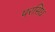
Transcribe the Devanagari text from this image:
परसिध